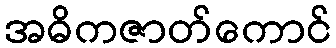
အဓိကဇာတ်ကောင်